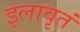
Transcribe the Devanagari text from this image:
इलावृतं